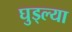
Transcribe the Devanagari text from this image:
घुड्ल्या